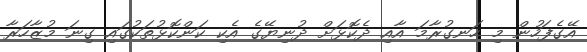
އޭގެފަހުން މި ހަނގުރާމަ އާއި ދެކޮޅަށް ދުނިޔޭގެ އެކި ކަންކޮޅުތަކުގައި ގިނަ މުޒާހަރާ